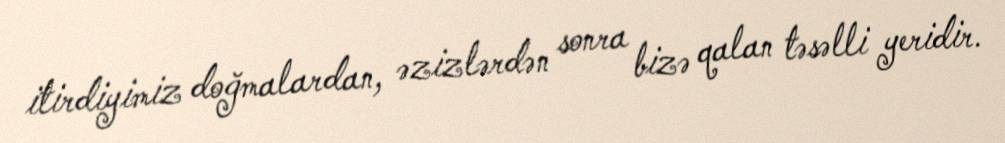
itirdiyimiz doğmalardan, əzizlərdən sonra bizə qalan təsəlli yeridir.